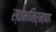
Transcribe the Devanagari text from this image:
स्तंभनिर्माण